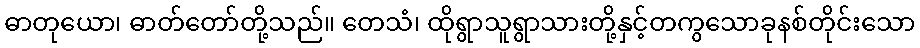
ဓာတုယော၊ ဓာတ်တော်တို့သည်။ တေသံ၊ ထိုရွာသူရွာသားတို့နှင့်တကွသောခုနစ်တိုင်းသော